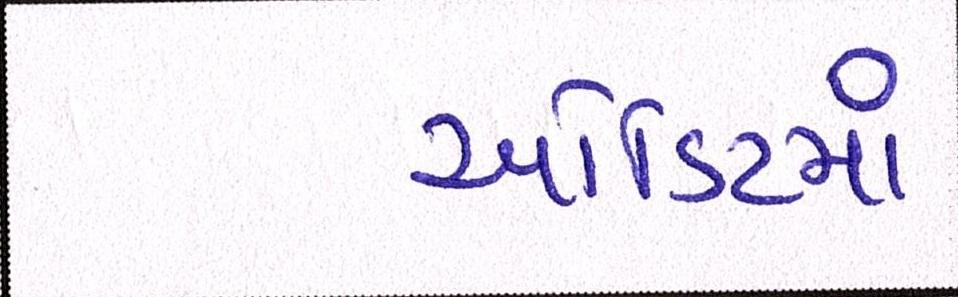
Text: ઓડિટમાં